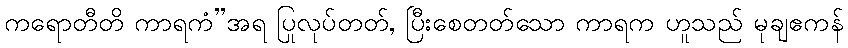
ကရောတီတိ ကာရကံ”အရ ပြုလုပ်တတ်, ပြီးစေတတ်သော ကာရက ဟူသည် မုချဧကန်